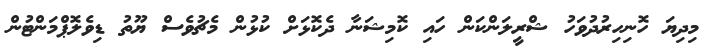
މިދިޔަ ހޮނިހިރުދުވަހު ޝްރީލަންކަން ހައި ކޮމިޝަނާ ދެކޮޅަށް ކުޅުން މެޗުވެސް ޔޫތު ޑިވެލޮޕްމަންޓުން